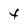
Character: t